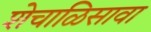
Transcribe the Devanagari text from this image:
शेचाळिसावा